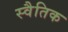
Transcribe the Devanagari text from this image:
स्वैतिक